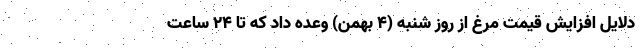
دلایل افزایش قیمت مرغ از روز شنبه (۴ بهمن) وعده داد که تا ۲۴ ساعت